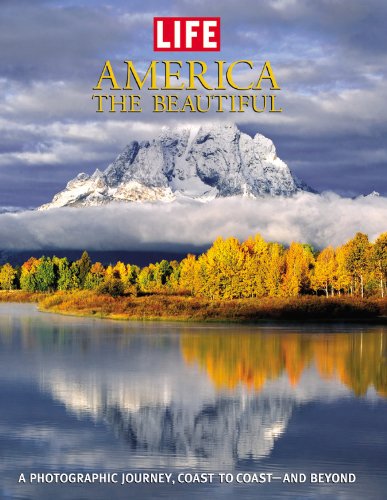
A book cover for Life: America the Beautiful: A Photographic Journey, Coast to Coast-and Beyond (Life (Life Books)); Editors of Life; Arts & Photography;